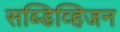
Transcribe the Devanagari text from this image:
सब्डिव्हिजन